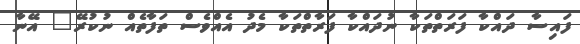
ފައިސާ ދައްކާ ފަރަތްތަކާ ނުދައްކާ ފަރާތްތަކާ މެދު އެއްވެސް ތަފާތެއް ނުކުރޭ" އޭނާ